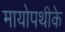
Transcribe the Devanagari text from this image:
मायोपथीके